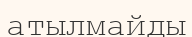
атылмайды